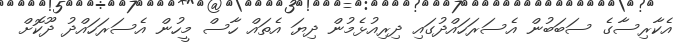
އެކާރިސާގެ ސަބަބުން އެސަރަހައްދުގައި ދިރިއުޅެމުން ދިޔަ އެތައް ހާސް މީހުން އެސަރަހައްދު ދޫކޮށް